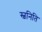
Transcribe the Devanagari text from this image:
स्वनिति